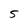
Character: 5